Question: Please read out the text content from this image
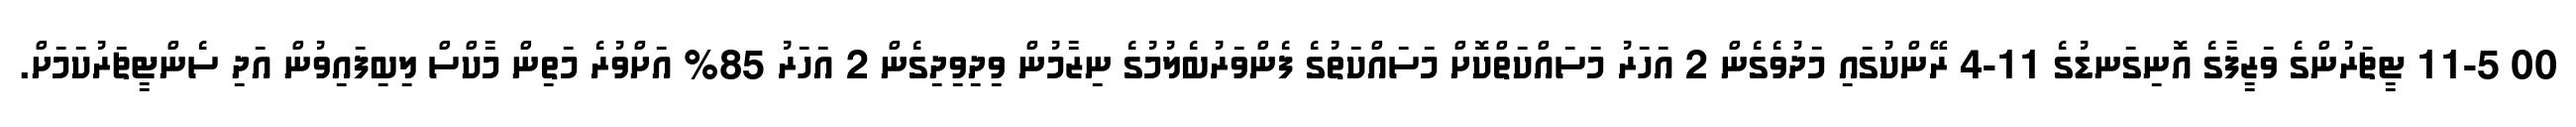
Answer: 00 11-5 ޓީޗަރުންގެ ވަޒީފާގެ އޮނިގަނޑުގެ 11-4 ރޭންކުގައި މަދުވެގެން 2 އަހަރު މަސައްކަތްކޮށް މަސައްކަތުގެ ފެންވަރުބެލުމުގެ ނިޒާމުން ވިދިވިދިގެން 2 އަހަރު 85% އަށްވުރެ މަތިން މާކްސް ލިބިފައިވުން އަދި ސެންޓީޗަރުކަމަށް.